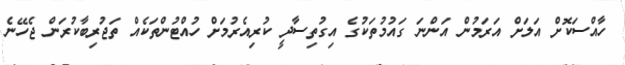
ހާއްސަކޮށް އަލަށް އަރަމުން އަންނަ ގައުމުތަކުގެ އިގުތިސާދީ ކުރިއެރުމަށް ހުއްޓުންތަކެއް ތަޖުރިބާކުރަން ޖެހޭނެ